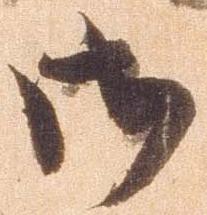
御